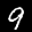
Label: 9